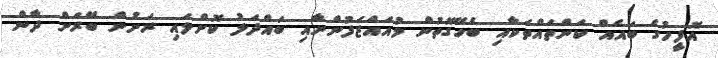
އޮފީހުގެ ބައެއް ކަންތައްތަކާއި ބެހޭގޮތުން މުއައްޒަފުންނާއި ބައްދަލު ކޮށްލައި ރަށުން ބޭރަށް ދާން